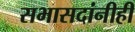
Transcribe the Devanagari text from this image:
सभासदांनीही